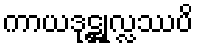
ကာယဒုဋ္ဌုလ္လဿပိ